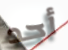
أحد